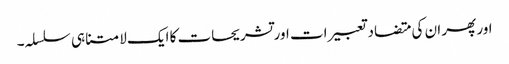
اور پھر ان کی متضاد تعبیرات اور تشریحات کا ایک لامتناہی سلسلہ۔